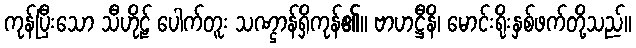
ကုန်ပြီးသော သီဟိုဠ် ပေါက်တူး သဏ္ဌာန်ရှိကုန်၏။ ဗာဟဋ္ဌီနိ၊ မောင်းရိုးနှစ်ဖက်တို့သည်။